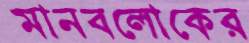
মানবলোকের